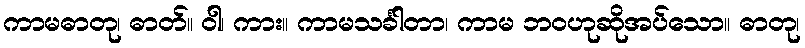
ကာမဓာတု၊ ဓာတ်။ ဝါ၊ ကား။ ကာမသင်္ခါတာ၊ ကာမ ဘဝဟုဆိုအပ်သော။ ဓာတု၊